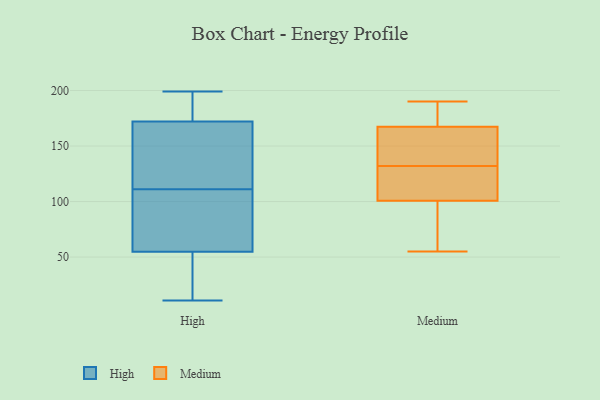
{"axis": {"x": "Bounce Rate (%)", "y": "Value"}, "legend": ["High", "Medium"], "data": [{"x": "", "y": 183, "type": "High"}, {"x": "", "y": 170, "type": "High"}, {"x": "", "y": 89, "type": "High"}, {"x": "", "y": 137, "type": "High"}, {"x": "", "y": 63, "type": "High"}, {"x": "", "y": 89, "type": "High"}, {"x": "", "y": 199, "type": "High"}, {"x": "", "y": 111, "type": "High"}, {"x": "", "y": 30, "type": "High"}, {"x": "", "y": 119, "type": "High"}, {"x": "", "y": 178, "type": "High"}, {"x": "", "y": 11, "type": "High"}, {"x": "", "y": 22, "type": "High"}, {"x": "", "y": 132, "type": "Medium"}, {"x": "", "y": 166, "type": "Medium"}, {"x": "", "y": 143, "type": "Medium"}, {"x": "", "y": 102, "type": "Medium"}, {"x": "", "y": 178, "type": "Medium"}, {"x": "", "y": 154, "type": "Medium"}, {"x": "", "y": 171, "type": "Medium"}, {"x": "", "y": 158, "type": "Medium"}, {"x": "", "y": 190, "type": "Medium"}, {"x": "", "y": 55, "type": "Medium"}, {"x": "", "y": 58, "type": "Medium"}, {"x": "", "y": 125, "type": "Medium"}, {"x": "", "y": 97, "type": "Medium"}, {"x": "", "y": 106, "type": "Medium"}, {"x": "", "y": 188, "type": "Medium"}, {"x": "", "y": 127, "type": "Medium"}, {"x": "", "y": 71, "type": "Medium"}]}